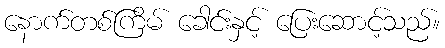
နောက်တစ်ကြိမ် ခေါင်းနှင့် ပြေးဆောင့်သည်။